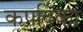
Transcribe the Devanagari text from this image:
कपर्दिका